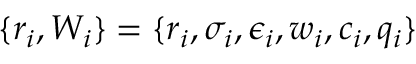
\{ r _ { i } , W _ { i } \} = \{ r _ { i } , \sigma _ { i } , \epsilon _ { i } , w _ { i } , c _ { i } , q _ { i } \}